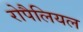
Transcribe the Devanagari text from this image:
रोपैलियल